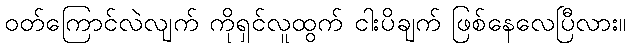
ဝတ်ကြောင်လဲလျက် ကိုရှင်လူထွက် ငါးပိချက် ဖြစ်နေလေပြီလား။